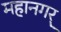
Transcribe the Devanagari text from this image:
महानगर्